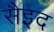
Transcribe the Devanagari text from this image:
सैइद